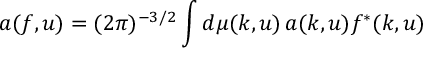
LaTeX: a ( f , u ) = ( 2 \pi ) ^ { - 3 / 2 } \int d \mu ( k , u ) \, a ( k , u ) f ^ { * } ( k , u )